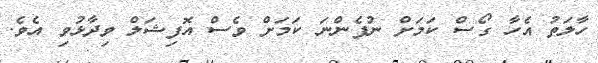
ހާލަތު އެހާ ގޯސް ކަމަށް ނުފެންނަ ކަމަށް ވެސް އޮފިޝަލް ވިދާޅުވި އެވެ.